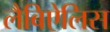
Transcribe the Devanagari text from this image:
लैबिऐलिस